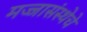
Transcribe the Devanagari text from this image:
मज्जासंस्थेचे